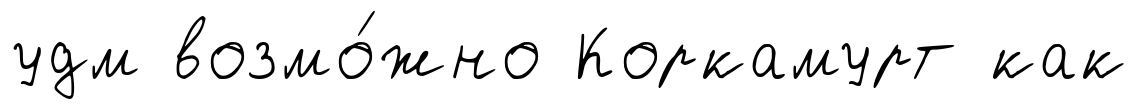
удм возмо́жно Коркамурт как